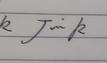
Signature authenticity: genuine